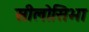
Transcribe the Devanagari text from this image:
सीलोसिभा